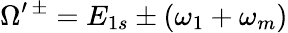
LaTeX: \Omega^{\prime\, \pm}=E_{1s}\pm(\omega_{1}+\omega_{m})